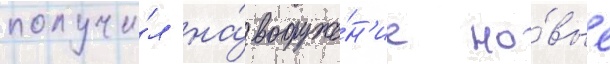
получи́л на́ вооруже́н'ие но́вые